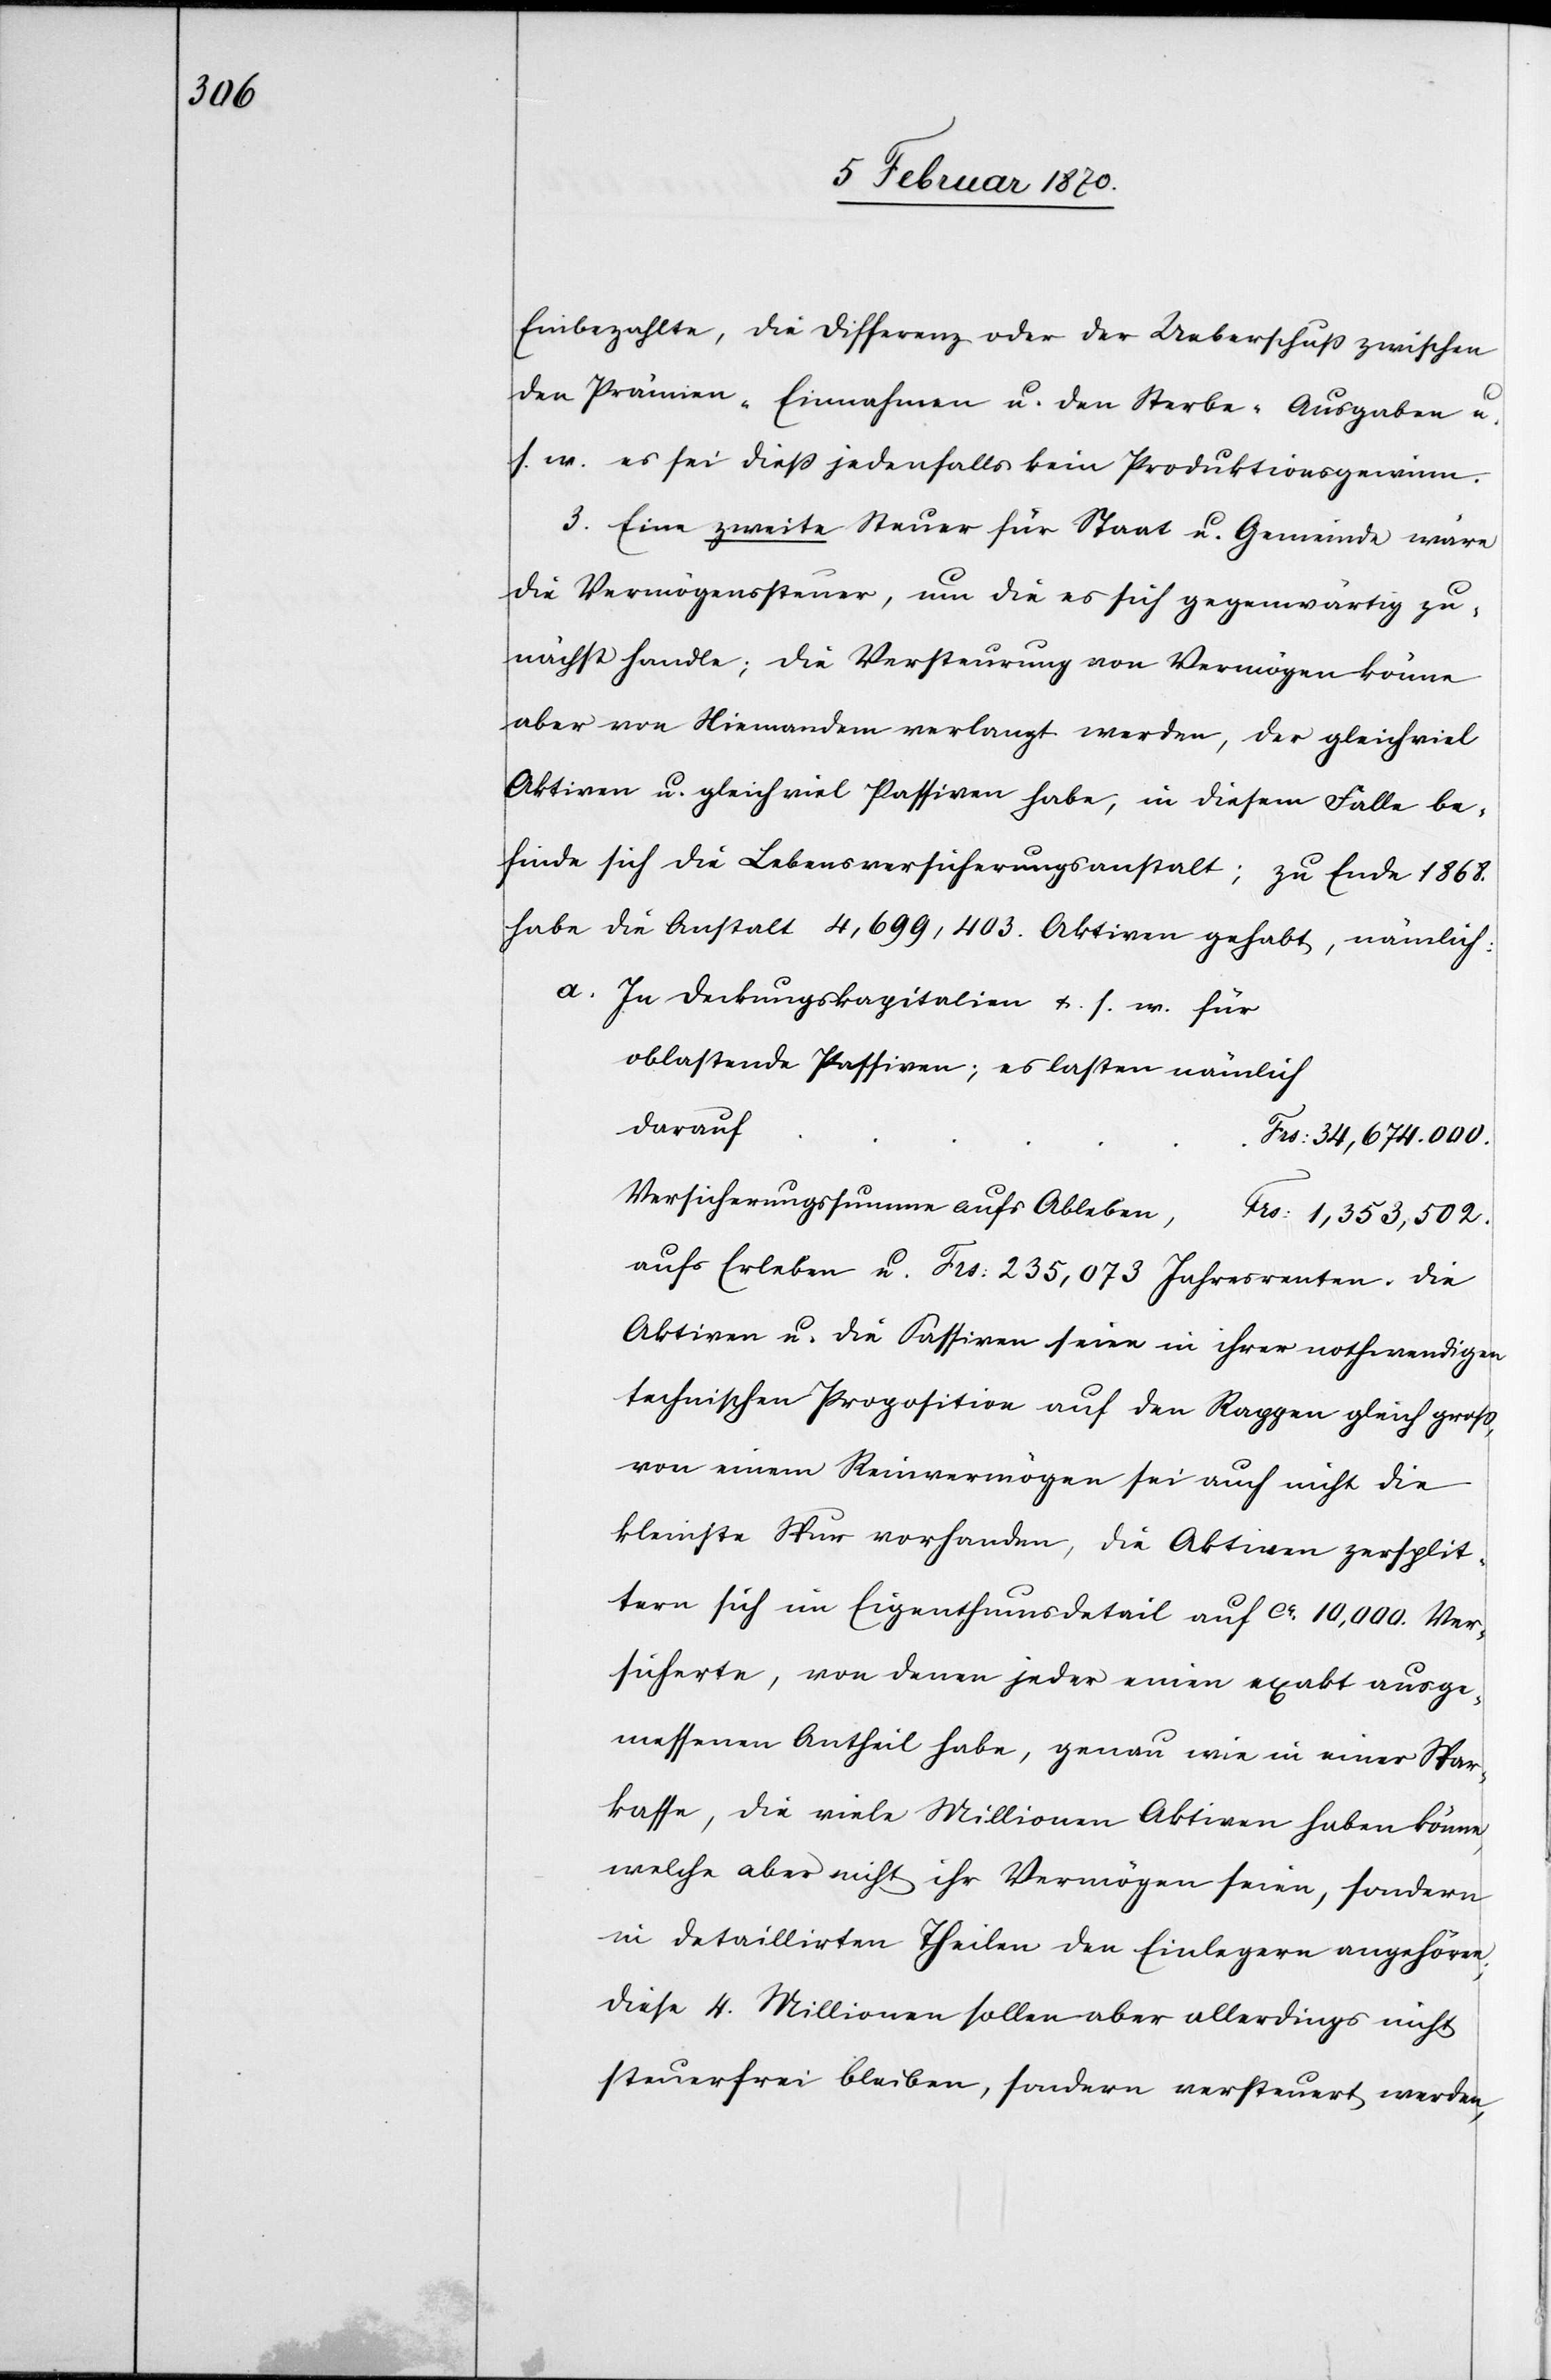
Einbezahlte, die Differenz oder der Ueberschuß zwischen
den Prämien-Einnahmen u. den Sterbe-Ausgaben u.
s. w. es sei dieß jedenfalls kein Produktionsgewinn.
3. Eine zweite Steuer für Staat u. Gemeinde wäre
die Vermögenssteuer, um die es sich gegenwärtig zu¬
nächst handle; die Versteurung von Vermögen könne
aber von Niemandem verlangt werden, der gleich viel
Aktiven u. gleich viel Passiven habe, in diesem Falle be¬
finde sich die Lebensversicherungsanstalt; zu Ende 1868.
habe die Anstalt 4,699,403. Aktiven gehabt, nämlich:
a. In Deckungskapitalien u. s. w. für
oblastende Passiven; es lasten nämlich
darauf
Frs: 34,674,000.
Versicherungssumme aufs Ableben,
Frs: 1,353,502.
aufs Erleben u. Frs: 235,073 Jahresrenten. Die
Aktiven u. die Passiven seien in ihrer nothwendigen
technischen Proposition auf den Rappen gleich gross,
von einem Reinvermögen sei auch nicht die
kleinste Spur vorhanden, die Aktiven zersplit¬
tern sich im Eigenthumsdetail auf ca 10,000. Ver¬
sicherte, von denen jeder einen exakt ausge¬
messenen Antheil habe, genau wie in einer Spar¬
kasse, die viele Millionen Aktiven haben könne,
welche aber nicht ihr Vermögen seien, sondern
in detaillirten Theilen den Einlegern angehören;
diese 4. Millionen sollen aber allerdings nicht
steuerfrei bleiben, sondern versteuert werden,